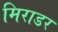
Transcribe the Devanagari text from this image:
मिराडर